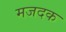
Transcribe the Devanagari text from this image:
मजदक